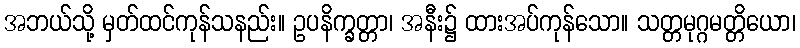
အဘယ်သို့ မှတ်ထင်ကုန်သနည်း။ ဥပနိက္ခတ္တာ၊ အနီး၌ ထားအပ်ကုန်သော။ သတ္တမုဂ္ဂမတ္တိယော၊